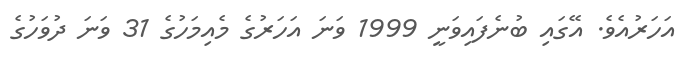
އަހަރުއެވެ. އޭގައި ބުނެފައިވަނީ 1999 ވަނަ އަހަރުގެ މެއިމަހުގެ 31 ވަނަ ދުވަހުގެ